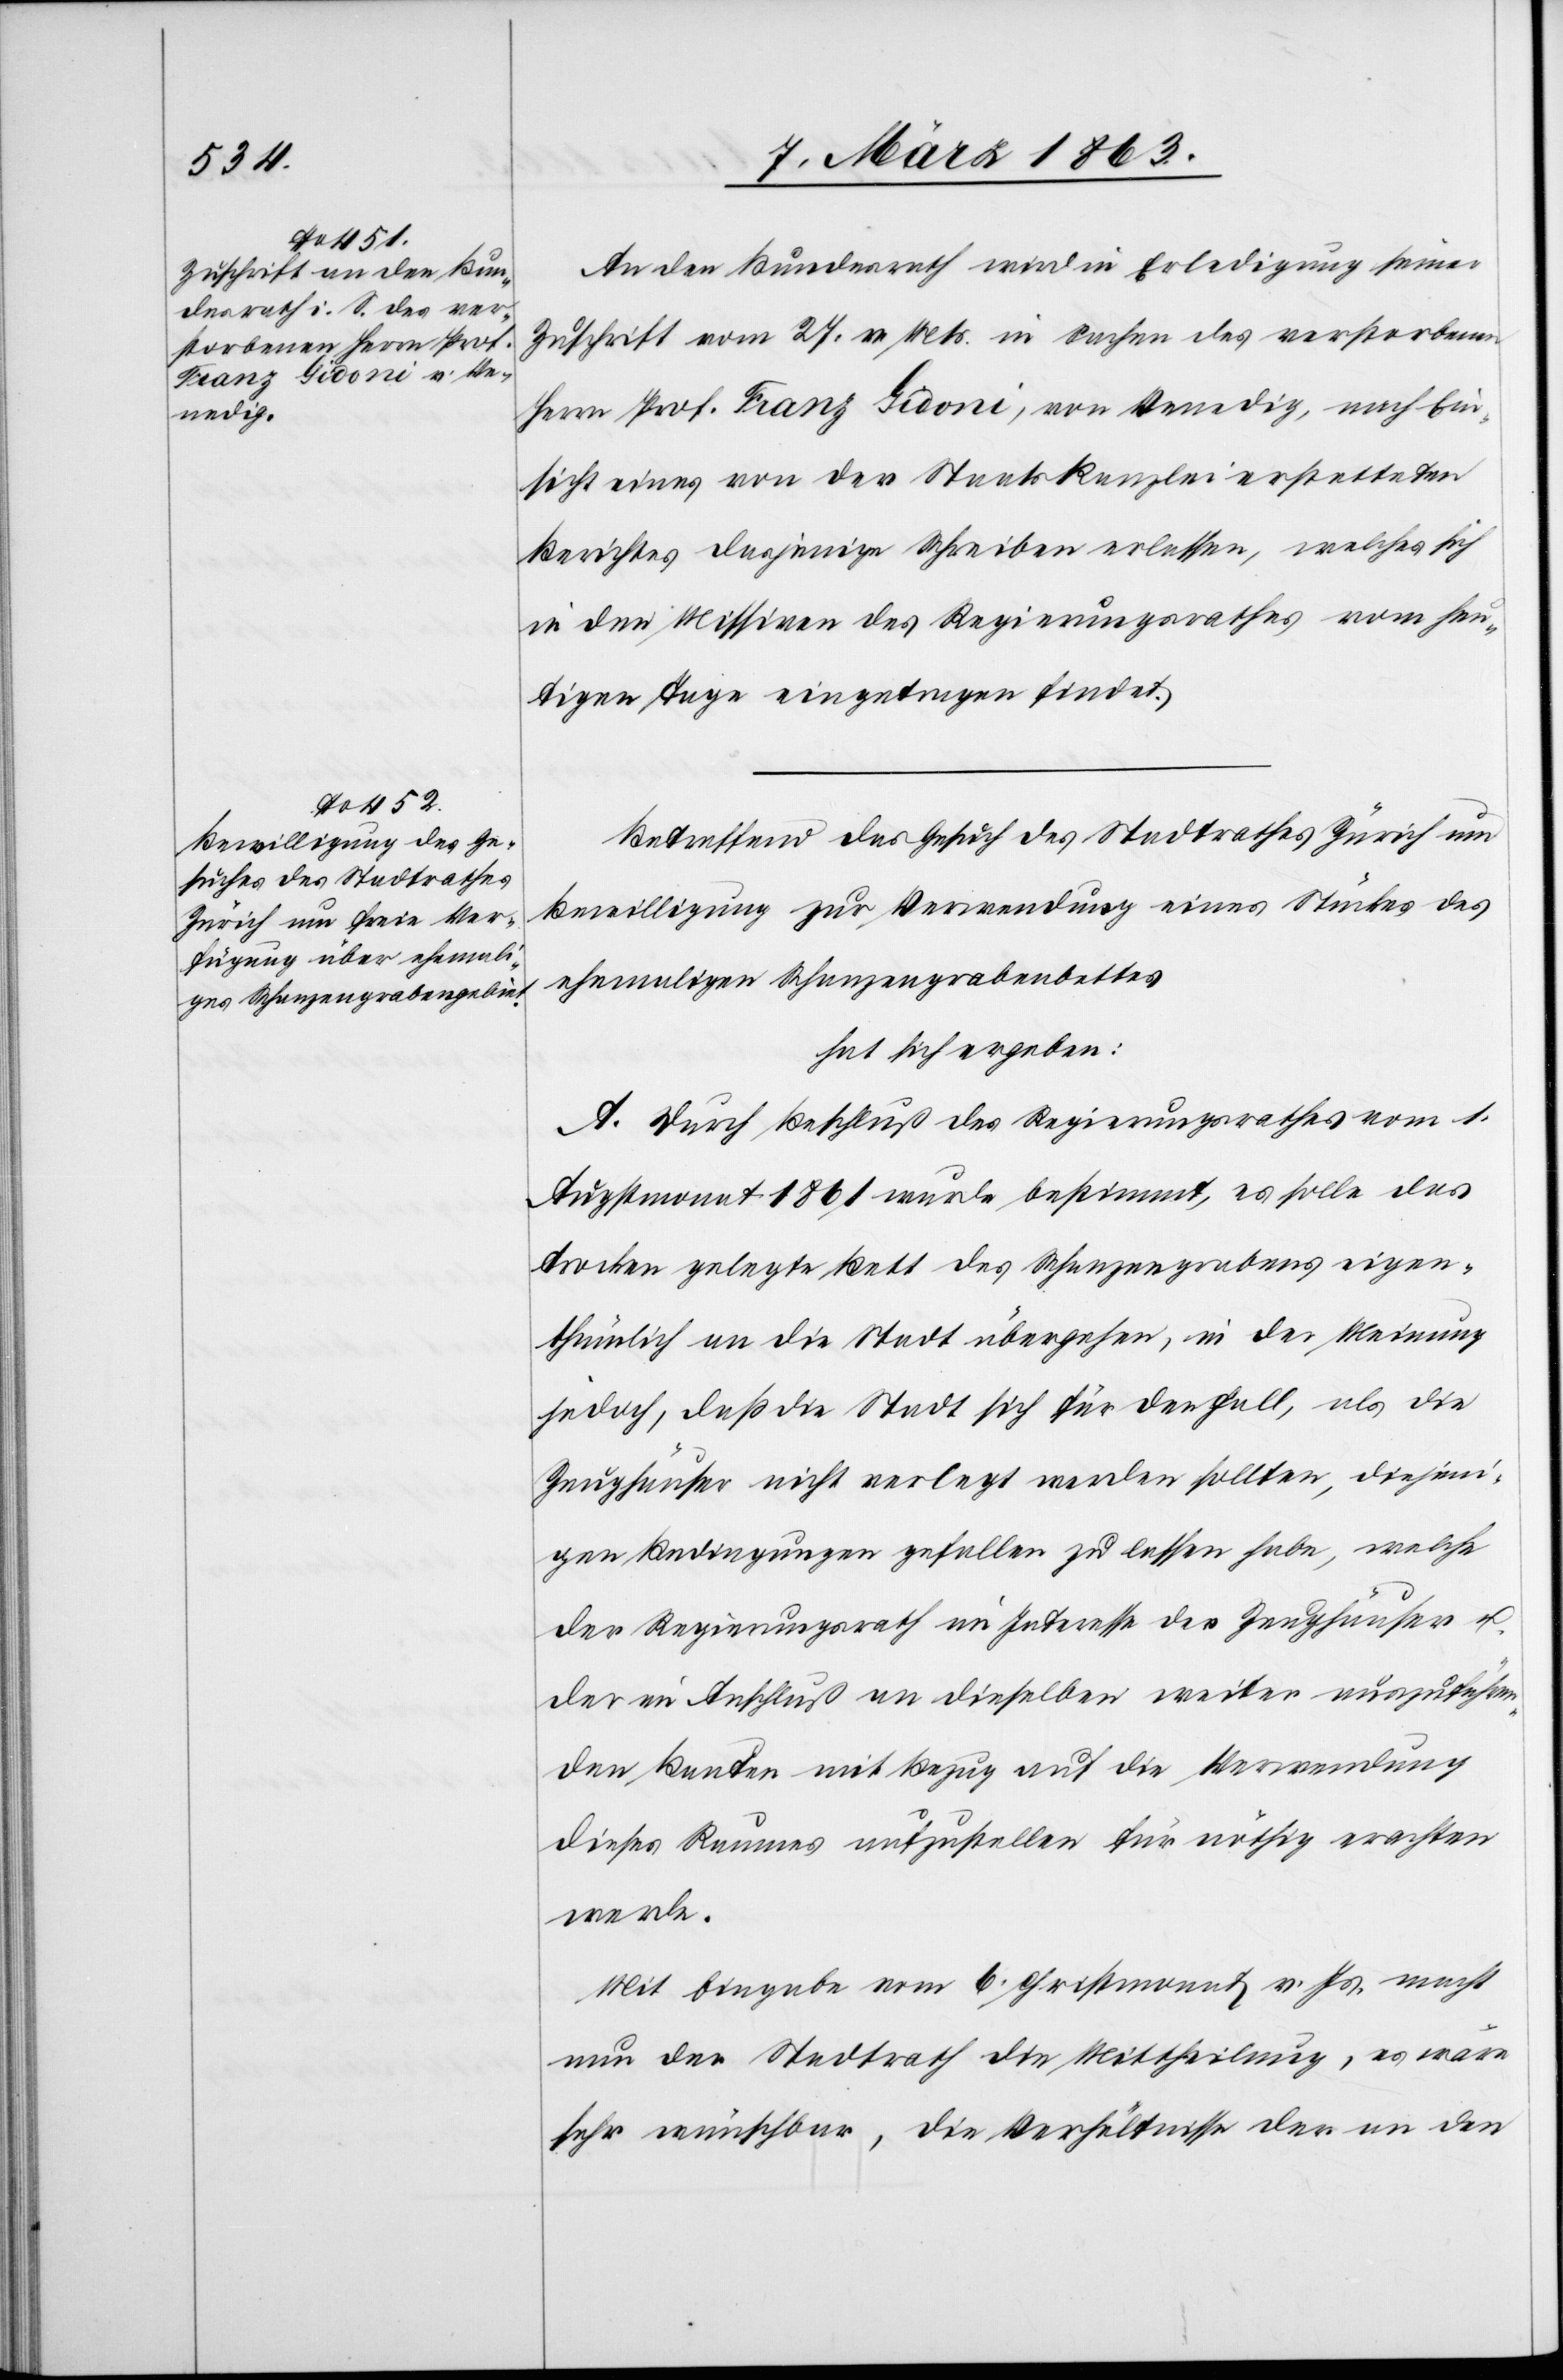
An den Bundesrath wird in Erledigung seiner
Zuschrift vom 27. v. Mts. in Sachen des verstorbenen
Herrn Prof. Franz Gidoni, von Venedig, nach Ein¬
sicht eines von der Staatskanzlei erstatteten
Berichtes dasjenige Schreiben erlassen, welches sich
in den Missiven des Regierungsrathes vom heu¬
tigen Tage eingetragen findet.
Betreffend das Gesuch des Stadtrathes Zürich um
Bewilligung zur Verwendung eines Stückes des
ehemaligen Schanzengrabenbettes
hat sich ergeben:
A. Durch Beschluß des Regierungsrathes vom 1.
Augstmonat 1861 wurde bestimmt, es solle das
trocken gelegte Bett des Schanzengrabens eigen¬
thümlich an die Stadt übergehen, in der Meinung
jedoch, daß die Stadt sich für den Fall, als die
Zeughäuser nicht verlegt werden sollten, diejeni¬
gen Bedingungen gefallen zu lassen habe, welche
der Regierungsrath im Interesse der Zeughäuser u.
der im Anschluß an dieselben weiter auszuführen¬
den Bauten mit Bezug auf die Verwendung
dieses Raumes aufzustellen für nöthig erachten
werde.
Mit Eingabe vom 6. Christmonat v. Js. macht
nun der Stadtrath die Mittheilung, es wäre
sehr wünschbar, die Verhältnisse der an den